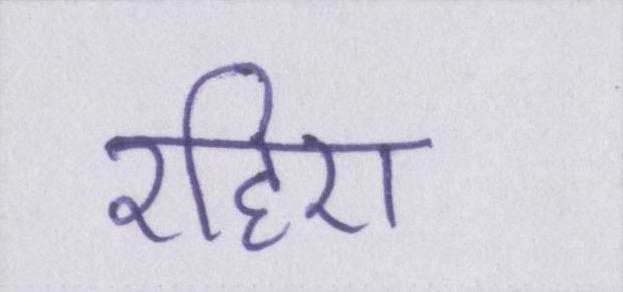
रहिए